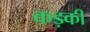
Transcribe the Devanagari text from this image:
कड़की